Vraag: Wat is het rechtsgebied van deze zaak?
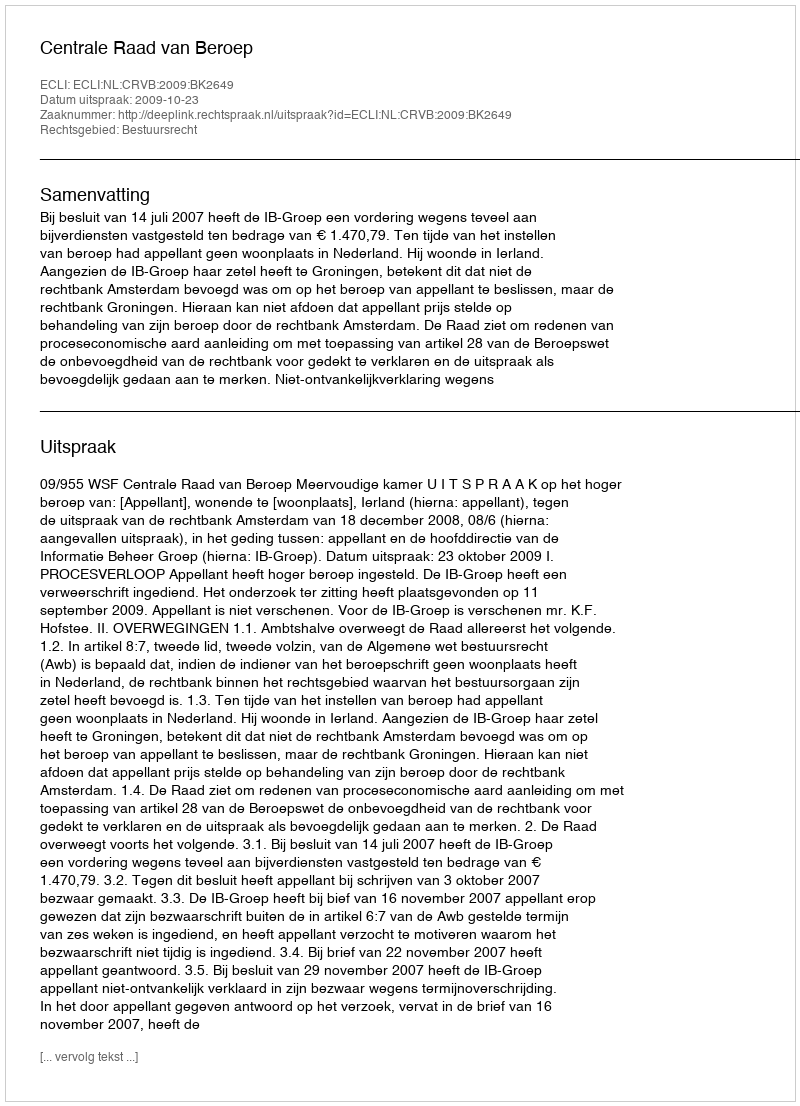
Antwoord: Bestuursrecht